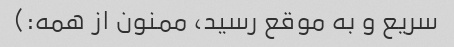
سریع و به موقع رسید، ممنون از همه:)